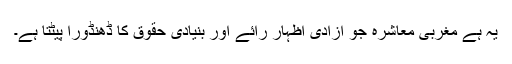
یہ ہے مغربی معاشرہ جو آزادیٔ اظہار رائے اور بنیادی حقوق کا ڈھنڈورا پیٹتا ہے۔